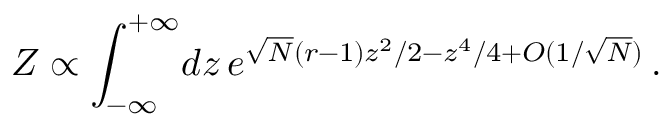
{ \cal Z } \propto \int _ { - \infty } ^ { + \infty } \! d z \, e ^ { \sqrt { N } ( r - 1 ) z ^ { 2 } / 2 - z ^ { 4 } / 4 + { \cal O } ( 1 / \sqrt { N } ) } \, .